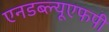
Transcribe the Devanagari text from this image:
एनडब्ल्यूएफपी